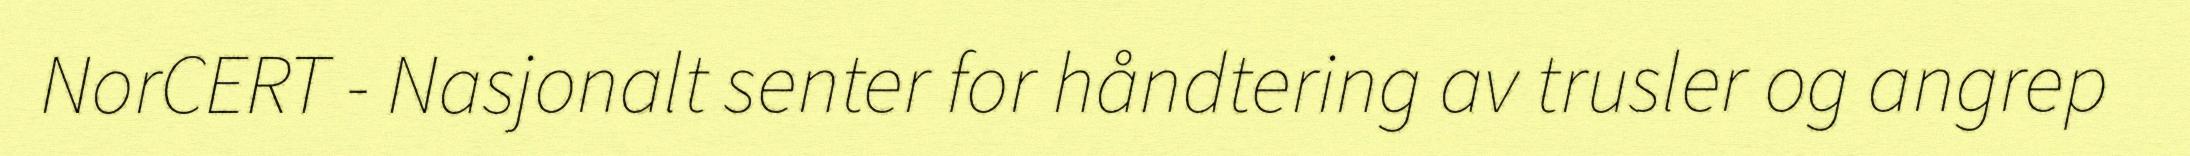
NorCERT - Nasjonalt senter for håndtering av trusler og angrep